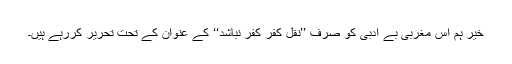
خیر ہم اس مغربی بے ادبی کو صرف ’’نقل کفر کفر نباشد‘‘ کے عنوان کے تحت تحریر کررہے ہیں۔